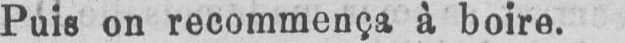
Puis on recommença à boire.